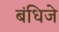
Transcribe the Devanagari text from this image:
बंधिजे